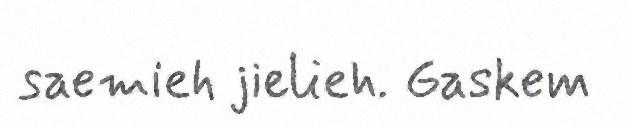
saemieh jielieh. Gaskem